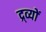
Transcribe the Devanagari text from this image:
द्र्व्यों